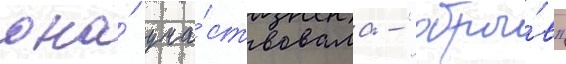
она́ уча́ствовала - "обры́в"